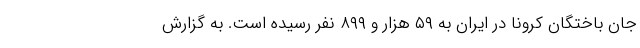
جان باختگان کرونا در ایران به ۵۹ هزار و ۸۹۹ نفر رسیده است. به گزارش